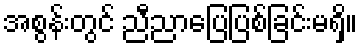
အစွန်းတွင် ညီညာပြေပြစ်ခြင်းမရှိ။